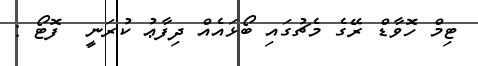
ޓިމް ހޮވާޑް ރޭގެ މެޗުގައި ބޯޅައެއް ދިފާޢު ކުރަނީ  ފޮޓޯ :